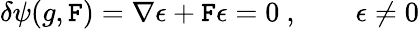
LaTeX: \delta\psi(g,\mathtt{F})=\nabla\epsilon+\mathtt{F}\epsilon=0\ ,\qquad\epsilon\neq0